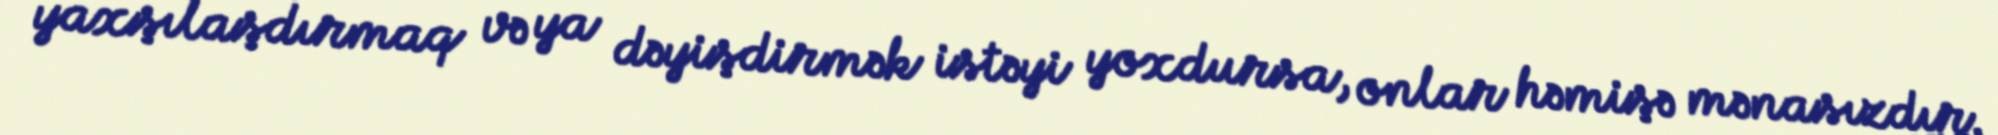
yaxşılaşdırmaq və ya dəyişdirmək istəyi yoxdursa, onlar həmişə mənasızdır.